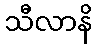
သီလာနိ